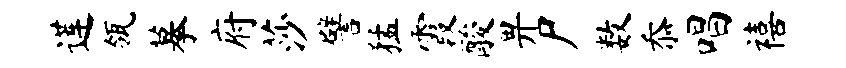
莲瓴摹府莎譬猛霞酸畀尸数忝唱禧